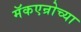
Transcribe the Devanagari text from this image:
मॅकएन्रोच्या